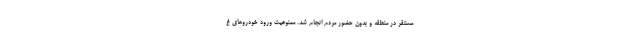
مستقر در منطقه و بدون حضور مردم انجام شد. ممنوعیت ورود خودروهای غ